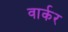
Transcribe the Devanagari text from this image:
वार्कर